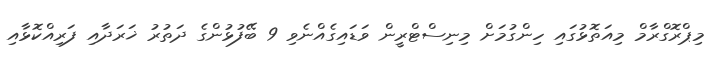
މިޕްރޮގްރާމް މިއަތޮޅުގައި ހިންގުމަށް މިނިސްޓްރީން ވަޑައިގެއްނެވި 9 ބޭފުޅުންގެ ދަތުރު ޚަރަދާއި ފަރިއްކޮޅާއި